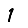
Digit: 1